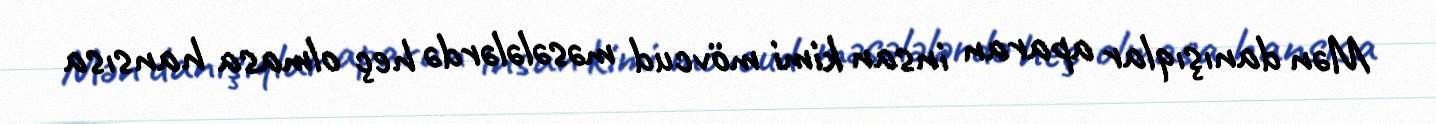
Mən danışıqlar aparan insan kimi mövcud məsələlərdə heç olmasa hansısa